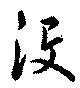
沒